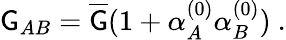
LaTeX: \mathsf{G}_{AB}=\overline{{{\mathsf{G}}}}(1+\alpha_{A}^{(0)}\alpha_{B}^{(0)})\ .